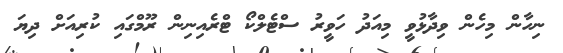
ނިހާން މިހެން ވިދާޅުވީ މިއަދު ހަވީރު ސްޓެލްކޯ ޓްރެއިނިން ރޫމްގައި ކުރިއަށް ދިޔަ